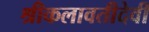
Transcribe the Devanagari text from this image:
श्रीकलावतीदेवी